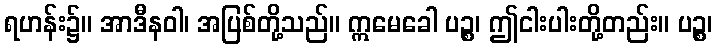
ရဟန်း၌။ အာဒီနဝါ၊ အပြစ်တို့သည်။ ဣမေခေါ ပဉ္စ၊ ဤငါးပါးတို့တည်း။ ပဉ္စ၊